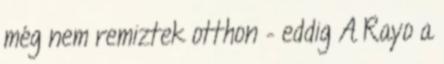
még nem remiztek otthon – eddig A Rayo a